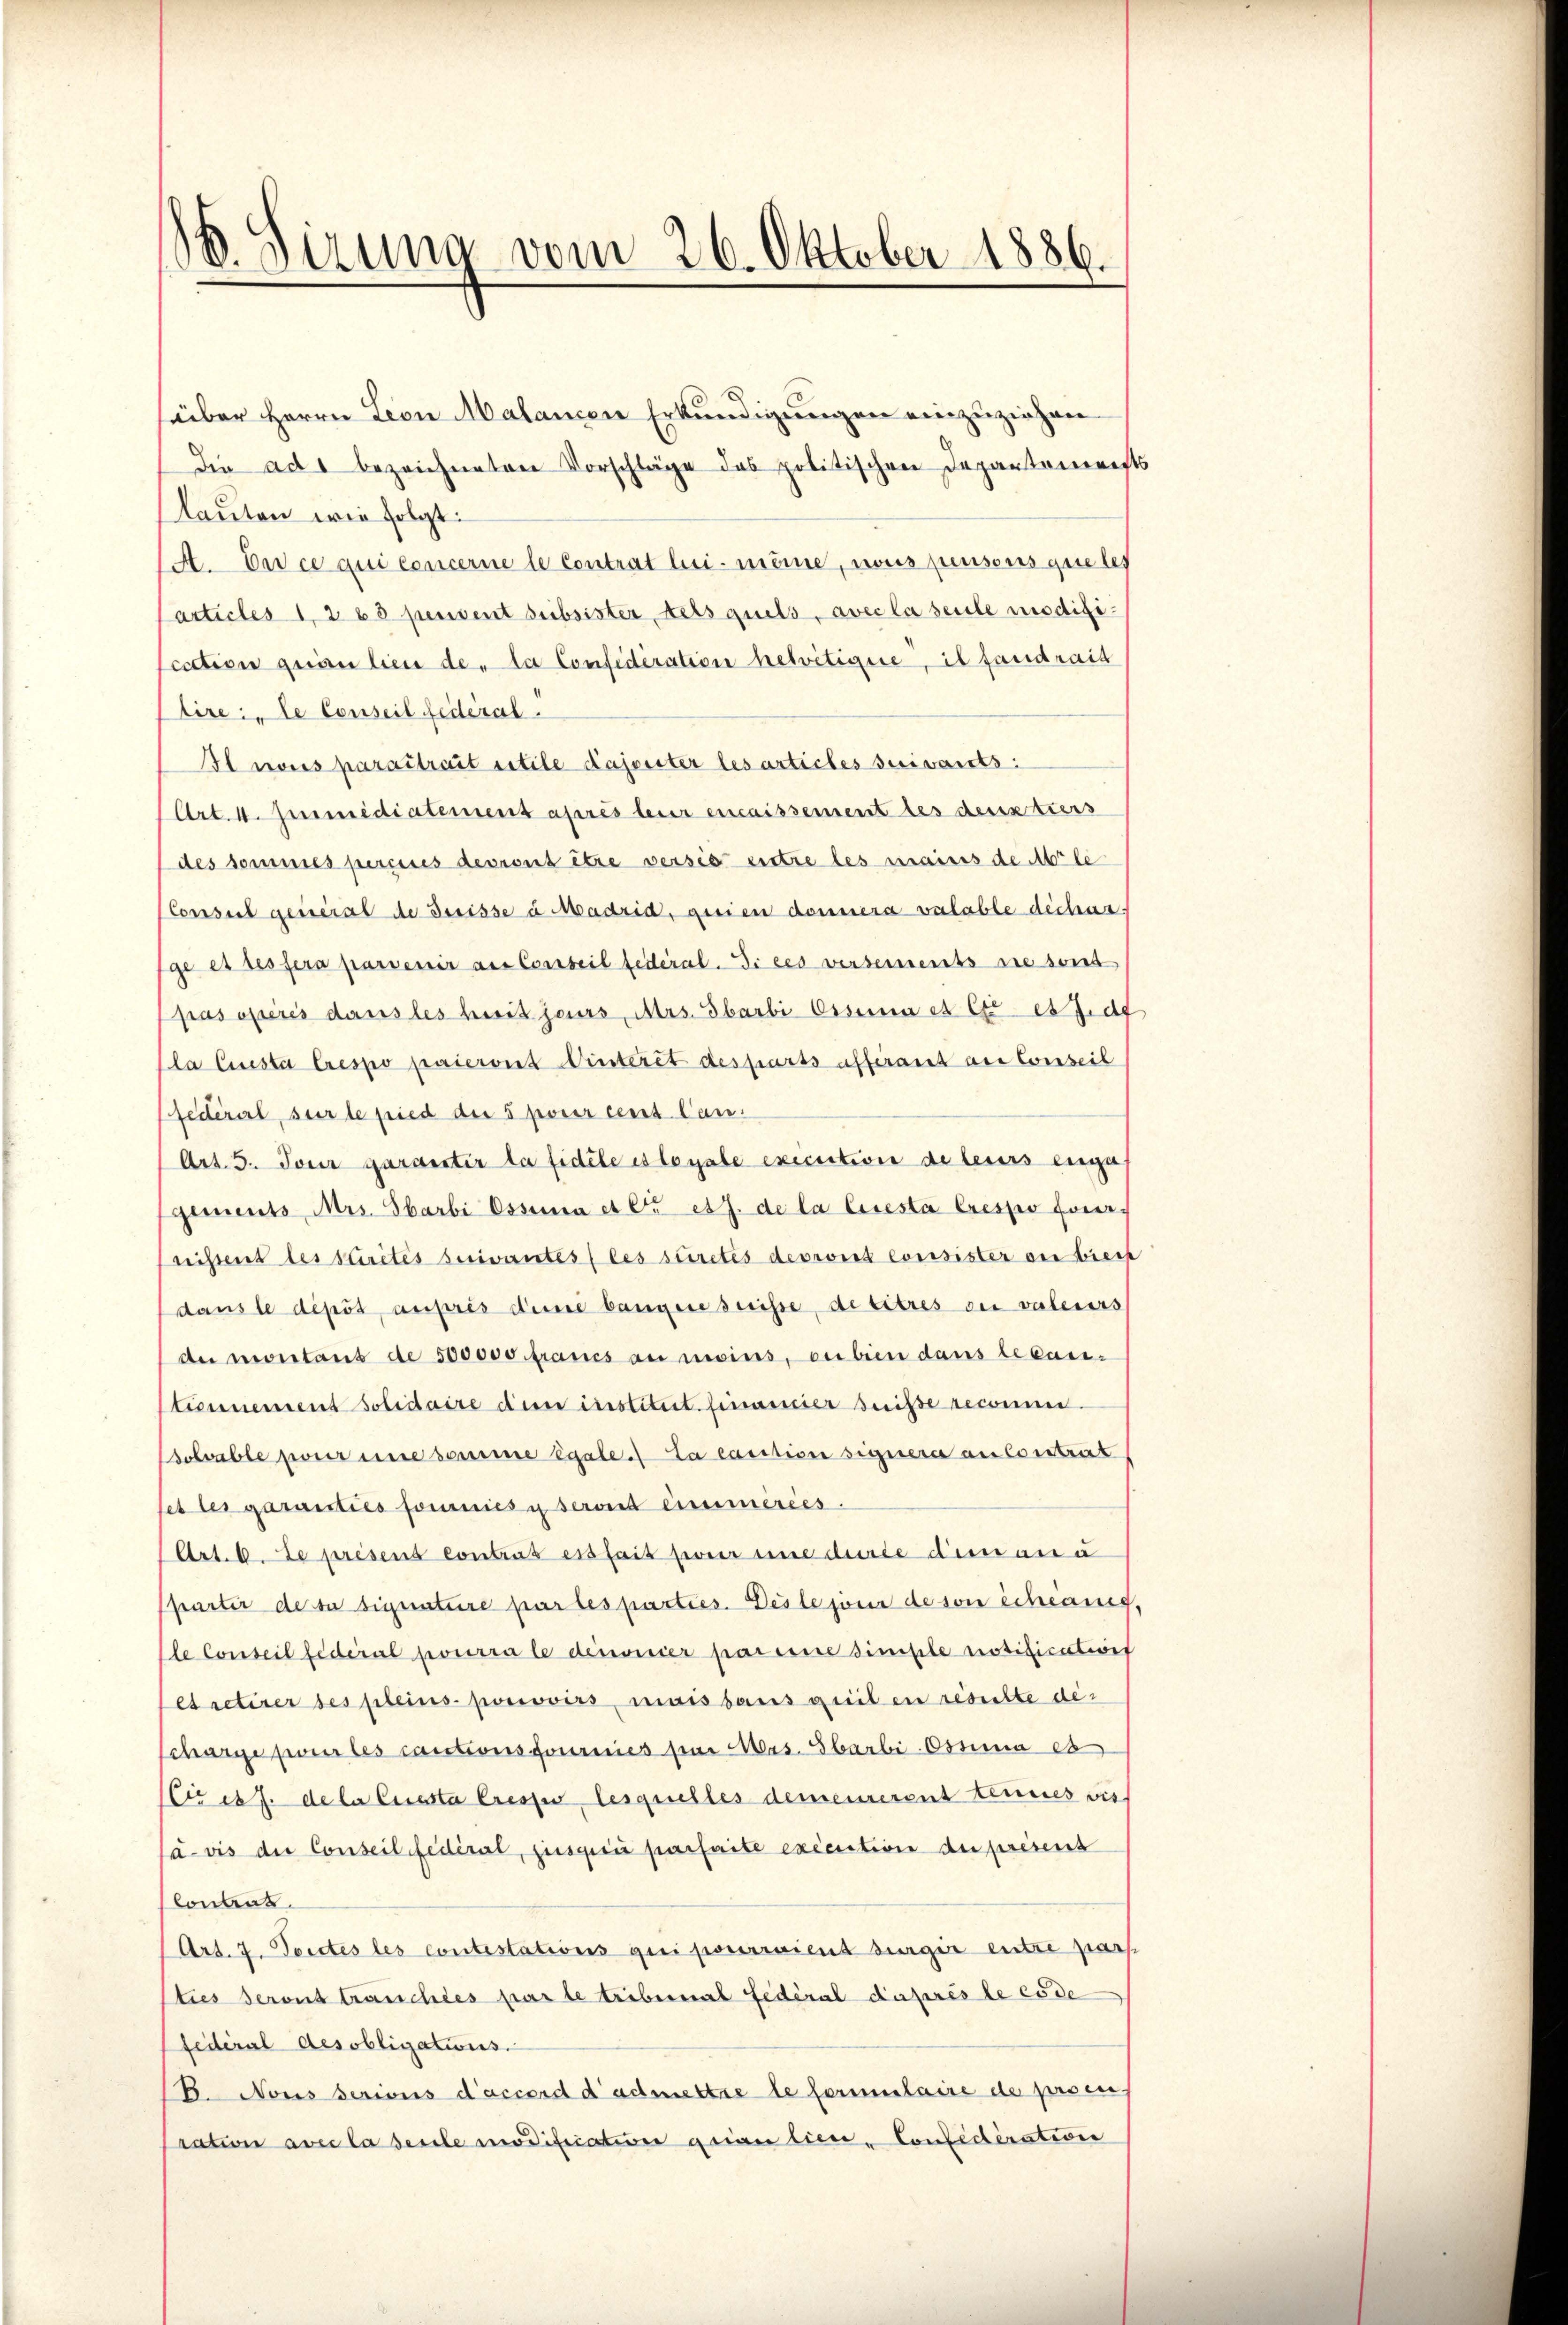
B. Sirung vom 26. Oktober 1886.

süber Herrn Leon Malancen Erkundigungen einzuziehen
die ad 1 bezeichneten Vorschläge des politischen Departements
lauten wie folgt:
A. Der ce qui concerne le Contrat lui-mêine, nous pensons queler
articles 1. 268 pensent subsister Aetsquels, avec la seule modificcction grien lieu de la Confidération helvetigere, il fandrait
Aire: le Conseil fédéral.
Il nous parattraut extile dajoester les articles suivants:
Art. 4. Junnidiatement après leur encaissement des deux tiers
des Sommes percices devront être versio titre les mains de Arle
Consul general de Buisse à Madrid, gerien donnera valable déchar
ge es ses sera parvenir aus Conseil federal. Si ces versements sie sont
pas opérés dans les heit jeurs, Ars. Sbarbi Ossina es et es J. de
la Questa Crespo paieront Winteret des parts affirant au Conseil
fédéral, sur le pied die 5 pour cent Can¬
Art. 5. Tour garantir la fidèle es loyale execsition de leurs eige
gements Mrs. Ibarbi Ossina et cr et J. de la Cisesta Crespo four.
nistens des Krités suivantes les sûretés devront consister ou biech
dans le dépôt, auprès deine bangen suisse, de titres der valeurs
de montant de 500000 francs au moins, ou bien dans le casi-
tiennement solidaire dem institut finassier suisse reconn
solvable pour eine somme égale. La canction signera ansonstrirt
set der garanties fournies u seront énumérées.
Art. 6. de presens contrat es fait pour une durée dem an u
partir desse signature par les parties. Deste jour de son schwang,
le Conseil fédéral pourra le devisier pareine simple notifications
et retirer ses pleins porcovirs maisbaus geeil en resulte die
Scharge pour les cautionsfournies sie Mas- Sbarbi- Ossina et
Cires J. de la Ciesta Cresses lesquelles demeurerent eines vis
Ca vis die Conseil fédéral, jusqui parfaite exécution du présent
lonant.
Art. 7. Toutes les contestations qui pourraient surger entre par
Eties seront träuchles par le tribunal fédéral Kaprès le code
federal des obligations.
B. Nous serions d’accord dadmettre le formulaire de prsen,
ration avec la seule modificativer gerin lieu, Considération